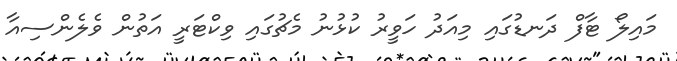
މައިލޯ ޓާފް ދަނޑުގައި މިއަދު ހަވީރު ކުޅުނު މެޗުގައި ވިކްޓަރީ އަތުން ވެލެންސިއާ